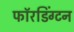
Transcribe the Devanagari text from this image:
फॉरडिंग्टन